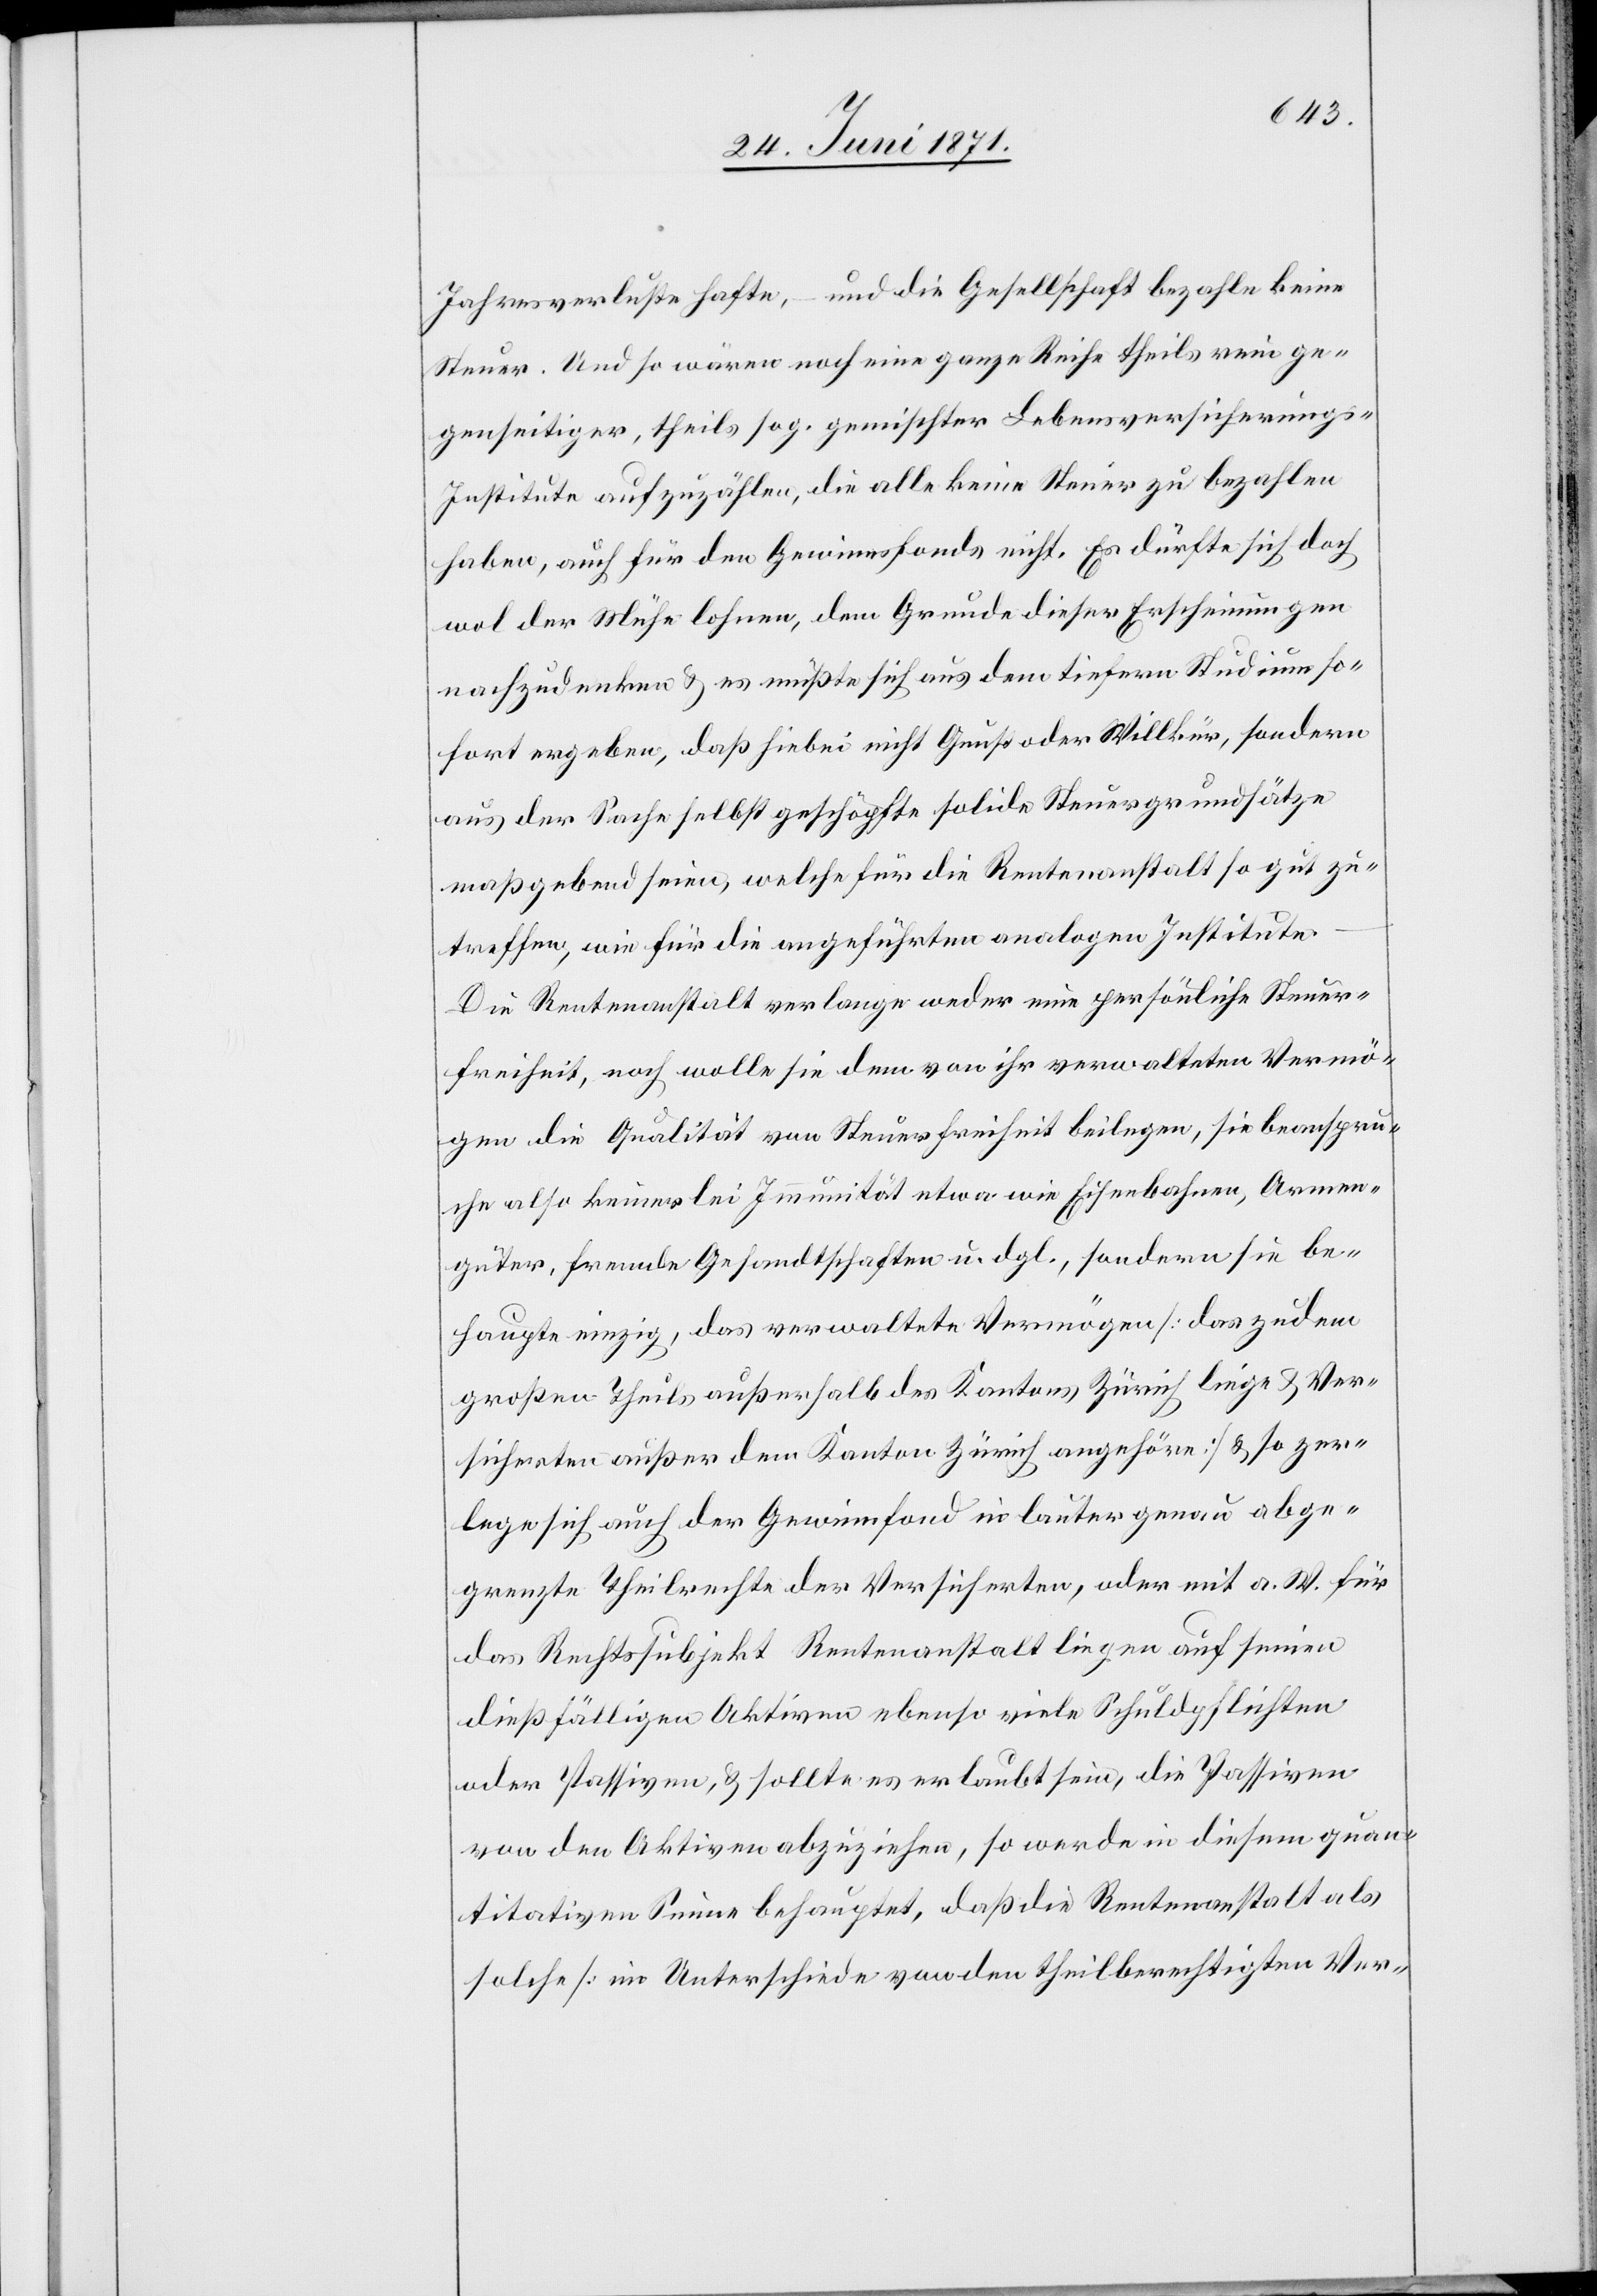
Jahresverluste hafte, – und die Gesellschaft bezahle keine
Steuer. Und so wären noch eine ganze Reihe theils rein ge¬
genseitiger, theils sog. gemischter Lebensversicherungs-I¬
nstitute aufzuzählen, die alle keine Steuer zu bezahlen
haben, auch für den Gewinnsfonds nicht. Es dürfte sich doch
wol der Mühe lohnen, dem Grunde dieser Erscheinungen
nachzudenken u. es müßte sich aus dem tiefern Studium so¬
fort ergeben, daß hiebei nicht Gunst oder Willkür, sondern
aus der Sache selbst geschöpft solide Steuergrundsätze
maßgebend seien, welche für die Rentenanstalt so gut zu
treffen, wie für die angeführten analogen Institute.
Die Rentenanstalt verlangen weder eine persönliche Steuer¬
freiheit, noch wolle sie dem von ihr verwalteten Vermö¬
gen die Qualität von Steuerfreiheit beilegen, sie beanspru¬
che also keinerlei Immunität etwa wie Eisenbahnen, Armen¬
güter, fremde Gesandtschaften u. dgl., sondern sie be¬
haupte einzig, das verwaltete Vermögen [das zudem
großen Theils außerhalb des Kantons Zürich liege u. Ver¬
sicherten außer dem Kanton Zürich angehöre] u. so zer¬
lege sich auch der Gewinnfond in lauter genau abge¬
grenzte Theilrechte der Versicherten, oder mit a. W. für
das Rechtssubjekt Rentenanstalt liegen auf seinen
dießfälligen Aktiven ebenso viele Schuldpflichten
oder Passiven, u. sollte es erlaubt sein, die Passiven
von den Aktiven abzuziehen, so werde in diesem quan¬
titativen Sinne behauptet, daß die Rentenanstalt als
solche [im Unterschiede von den theilberechtigten Ver-